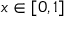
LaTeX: x \in [ 0 , 1 ]